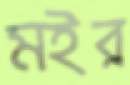
মইর